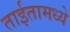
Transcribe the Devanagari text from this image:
ताईतामध्ये